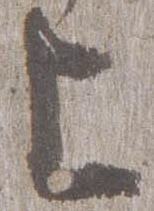
上